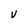
Character: V